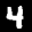
Label: 4